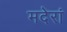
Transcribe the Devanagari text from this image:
मदेरां